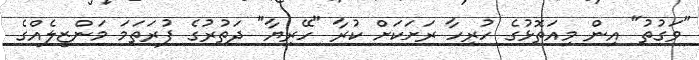
"ވަގުތު" އިން މިއަތޮޅުގެ ހުރިހާ ރަށަކަށް ކުރާ "ހޭރިޔާ" ދަތުރުގެ ފުރަތަމަ މަންޒިލެއްގެ